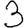
Digit: 3